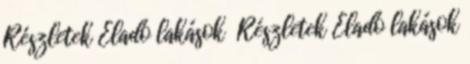
Részletek Eladó lakások Részletek Eladó lakások